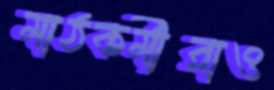
মাঠকর্মীরাও